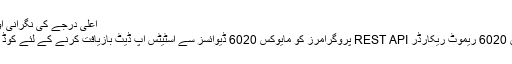
اعلی درجے کی نگرانی اور بحالی
مایویکس 6020 ریموٹ ریکارڈر REST API پروگرامرز کو مایوکس 6020 ڈیوائسز سے اسٹیٹس اپ ڈیٹ بازیافت کرنے کے لئے کوڈ بناتا ہے۔